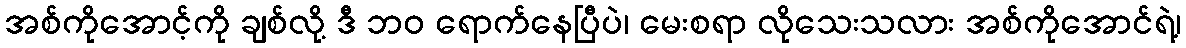
အစ်ကိုအောင့်ကို ချစ်လို့ ဒီ ဘဝ ရောက်နေပြီပဲ၊ မေးစရာ လိုသေးသလား အစ်ကိုအောင်ရဲ့၊